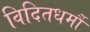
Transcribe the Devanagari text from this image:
विदितधर्मौ